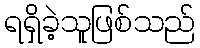
ရရှိခဲ့သူဖြစ်သည်